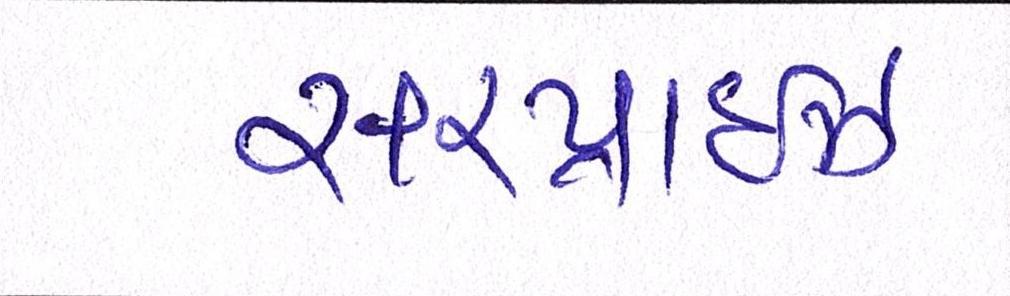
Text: સરપ્રાઇઝ